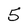
Character: 5